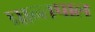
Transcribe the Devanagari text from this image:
प्रान्तपाल